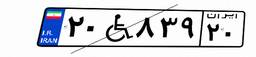
۳۵W۶۱۶۰۶